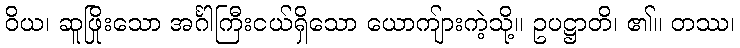
ဝိယ၊ ဆူဖြိုးသော အင်္ဂါကြီးငယ်ရှိသော ယောကျ်ားကဲ့သို့။ ဥပဋ္ဌာတိ၊ ၏။ တဿ၊